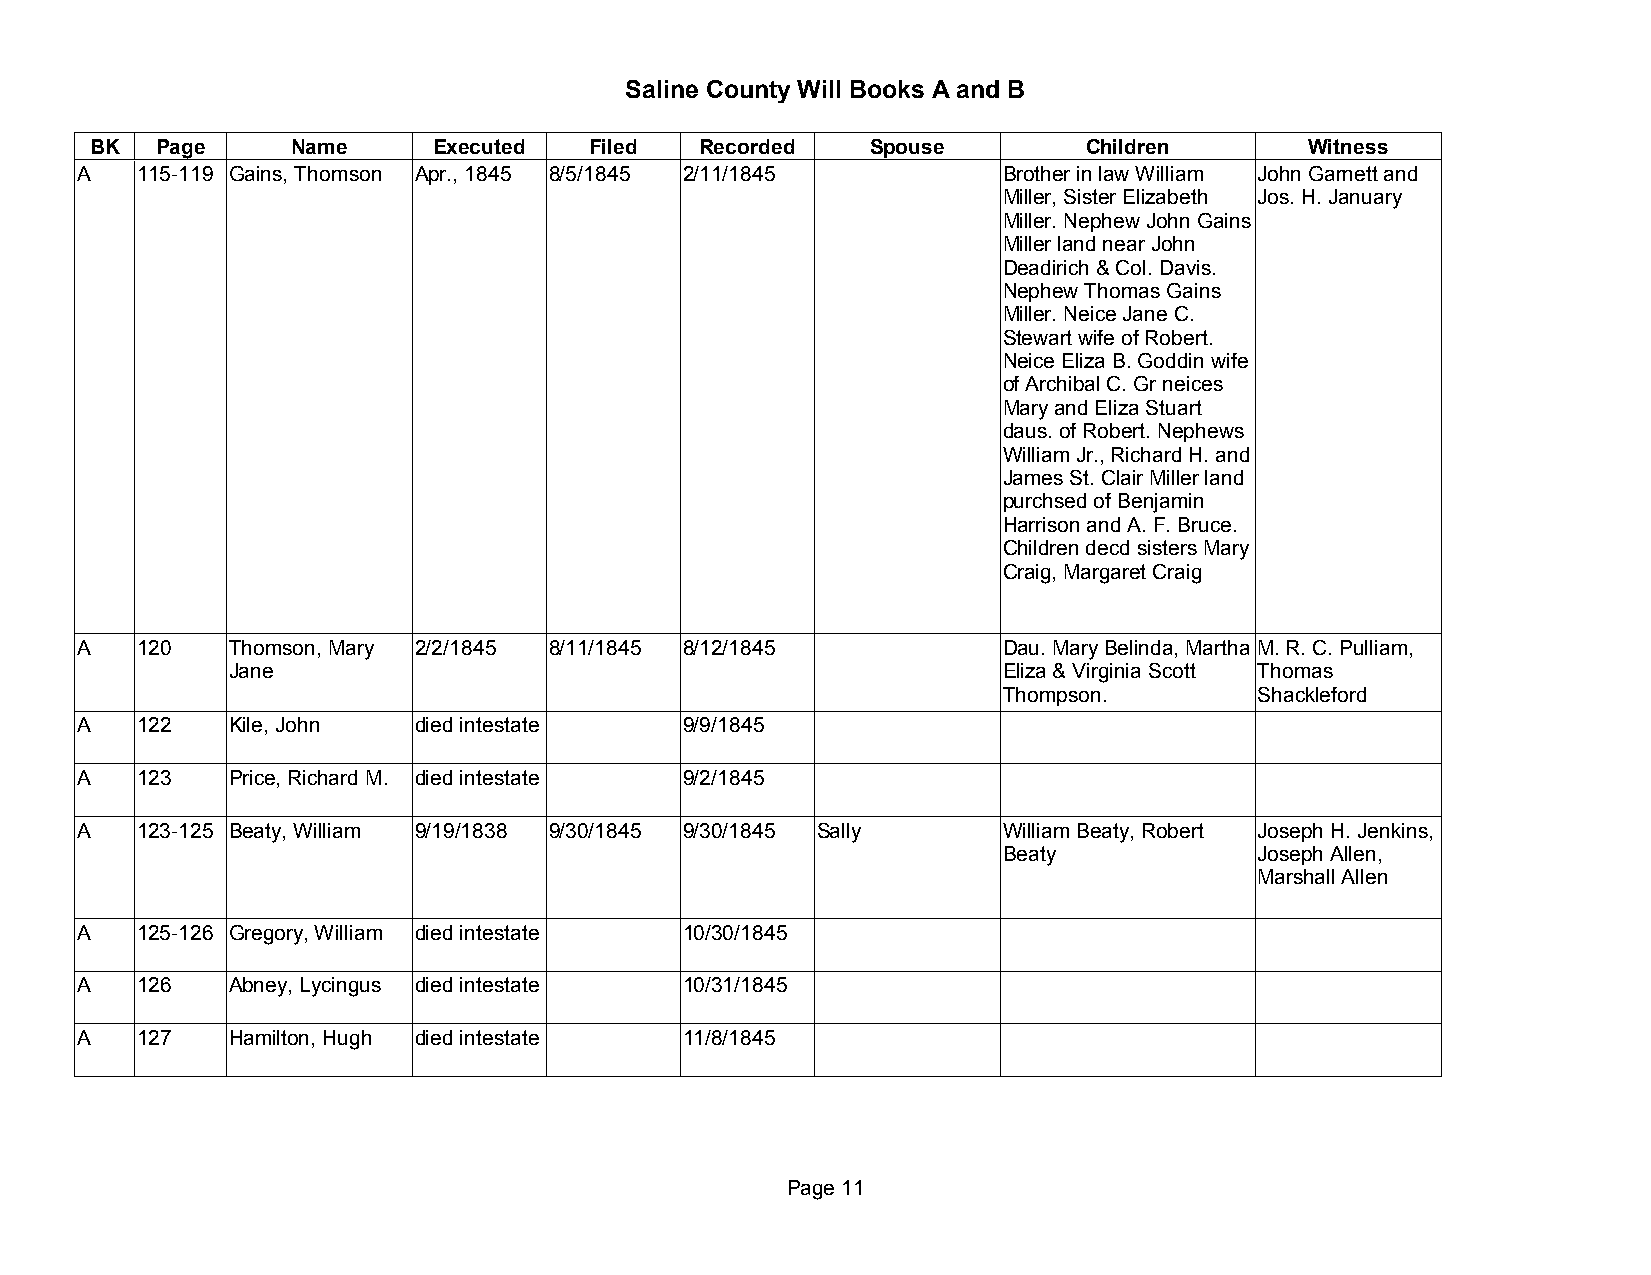
Saline County Will Books A and B
 BK  Page     Name      Executed  Filed  Recorded    Spouse        Children       Witness
 A   115-119 Gains, Thomson Apr., 1845 8/5/1845 2/11/1845     Brother in law William John Garnett and
 Miller, Sister Elizabeth Jos. H. January
 Miller. Nephew John Gains
 Miller land near John
 Deadirich & Col. Davis.
 Nephew Thomas Gains
 Miller. Neice Jane C.
 Stewart wife of Robert.
 Neice Eliza B. Goddin wife
 of Archibal C. Gr neices
 Mary and Eliza Stuart
 daus. of Robert. Nephews
 William Jr., Richard H. and
 James St. Clair Miller land
 purchsed of Benjamin
 Harrison and A. F. Bruce.
 Children decd sisters Mary
 Craig, Margaret Craig
 A   120   Thomson, Mary 2/2/1845 8/11/1845 8/12/1845         Dau. Mary Belinda, Martha M. R. C. Pulliam,
 Jane                                               Eliza & Virginia Scott Thomas
 Thompson.        Shackleford
 A   122   Kile, John  died intestate    9/9/1845
 A   123   Price, Richard M. died intestate 9/2/1845
 A   123-125 Beaty, William 9/19/1838 9/30/1845 9/30/1845 Sally William Beaty, Robert Joseph H. Jenkins,
 Beaty            Joseph Allen,
 Marshall Allen
 A   125-126 Gregory, William died intestate 10/30/1845
 A   126   Abney, Lycingus died intestate 10/31/1845
 A   127   Hamilton, Hugh died intestate 11/8/1845
 Page 11